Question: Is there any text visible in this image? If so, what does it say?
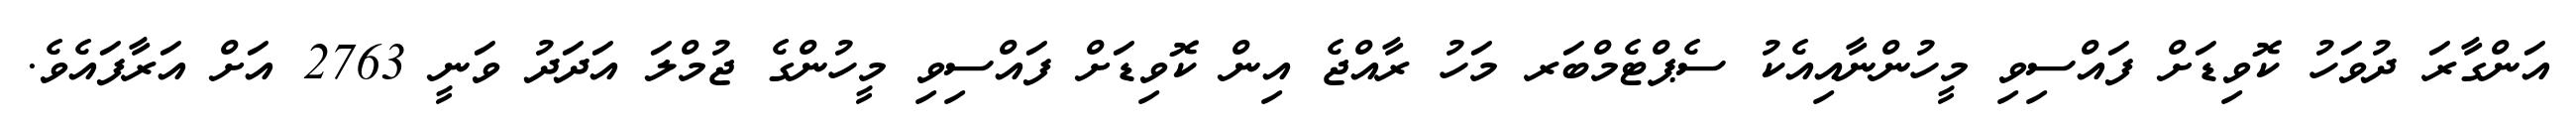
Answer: އަންގާރަ ދުވަހު ކޮވިޑަށް ފައްސިވި މީހުންނާއިއެކު ސެޕްޓެމްބަރ މަހު ރާއްޖެ އިން ކޮވިޑަށް ފައްސިވި މީހުންގެ ޖުމްލަ އަދަދު ވަނީ 2763 އަށް އަރާފައެވެ.